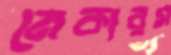
মেকারস